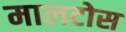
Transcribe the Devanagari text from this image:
मालटोस